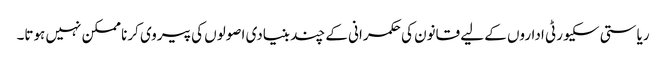
ریاستی سکیورٹی اداروں کے لیے قانون کی حکمرانی کے چند بنیادی اصولوں کی پیروی کرنا ممکن نہیں ہوتا۔